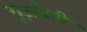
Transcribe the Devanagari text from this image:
गूज़बैरी